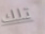
تلك